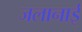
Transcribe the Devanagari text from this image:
जलानाई